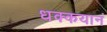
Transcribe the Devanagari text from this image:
धक्कयानं